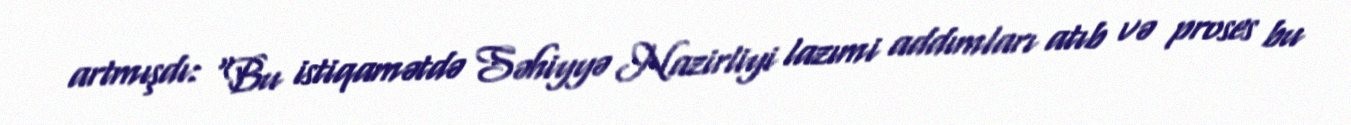
artmışdı: "Bu istiqamətdə Səhiyyə Nazirliyi lazımi addımları atıb və proses bu